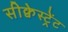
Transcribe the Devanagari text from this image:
सीक्वेस्ट्रेंट